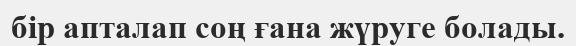
бір апталап соң ғана жүруге болады.